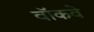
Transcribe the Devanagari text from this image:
वॉकवे